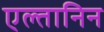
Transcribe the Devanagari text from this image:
एल्तानिन